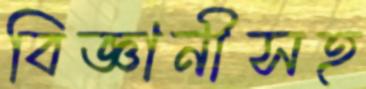
বিজ্ঞানীসহ